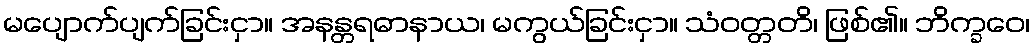
မပျောက်ပျက်ခြင်းငှာ။ အနန္တရဓာနာယ၊ မကွယ်ခြင်းငှာ။ သံဝတ္တတိ၊ ဖြစ်၏။ ဘိက္ခဝေ၊